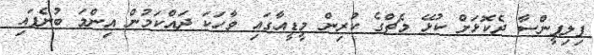
ފިލިޕީންސާ ދެކޮޅަށް ކުޅޭ މެޗްގެ ކުރިން މީޑީއާގައި ވާހަކަ ދައްކަމުން އިންމަ ބުނެފައި